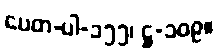
ပေတ-ပါ-၁၅၅၊ ဋ္ဌ-၁၀၉။